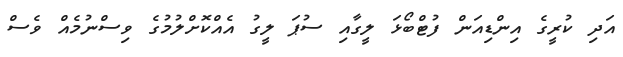
އަދި ކުރީގެ އިންޑިއަން ފުޓްބޯޅަ ލީގާއި ސުޕަ ލީގު އެއްކޮށްލުމުގެ ވިސްނުމެއް ވެސް